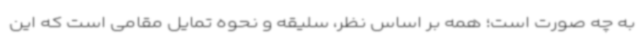
به چه صورت است؛ همه بر اساس نظر، سلیقه و نحوه تمایل مقامی است که این